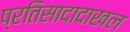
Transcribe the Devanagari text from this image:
प्रतिसादादाखल